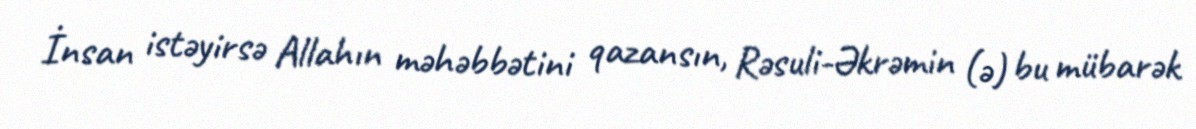
İnsan istəyirsə Allahın məhəbbətini qazansın, Rəsuli-Əkrəmin (ə) bu mübarək